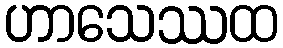
ဟာသေဿထ